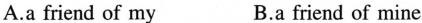
A.a friend of my B.a friend of mine